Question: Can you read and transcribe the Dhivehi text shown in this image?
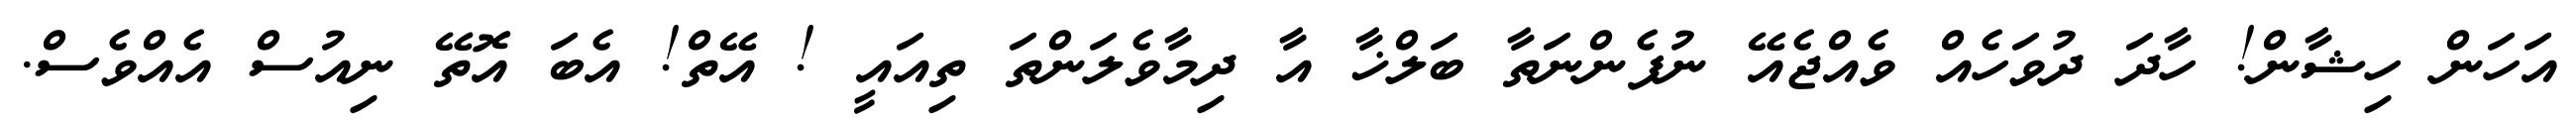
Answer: އަހަން ހިޝާން! ހާދަ ދުވަހެއް ވެއްޖެއޭ ނުފެންނަތާ ބަލްޚާ އާ ދިމާވެލަންތަ ތިއައީ ! އޭތް! އެބަ އޮތޭ ނިއުސް އެއްވެސް.